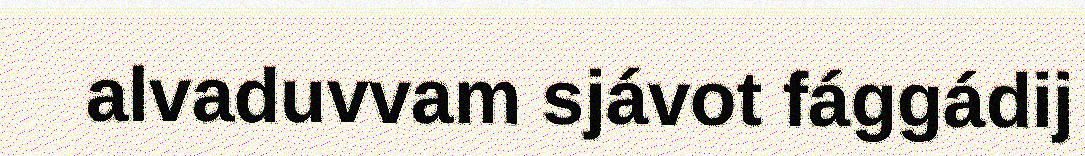
alvaduvvam sjávot fággádij